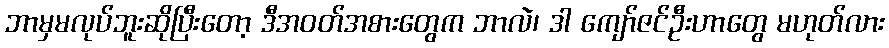
ဘာမှမလုပ်ဘူးဆိုပြီးတော့ ဒီအဝတ်အစားတွေက ဘာလဲ၊ ဒါ ကျော်ဇင်ဦးဟာတွေ မဟုတ်လား